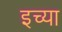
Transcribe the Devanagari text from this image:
इच्या